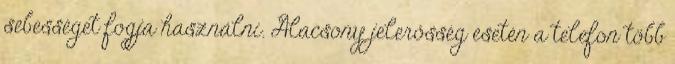
sebességet fogja használni. Alacsony jelerősség esetén a telefon több